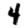
Digit: 4